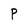
Character: P